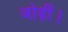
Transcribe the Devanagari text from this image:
जोड़ीं।